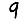
Digit: 9